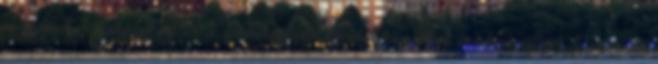
alapjainak kutatásában és a számítógépek elméletében elért eredményeiért. Neumann